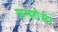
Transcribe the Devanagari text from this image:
सरस्वतीजीने